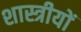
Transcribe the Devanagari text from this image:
शास्त्रीयों